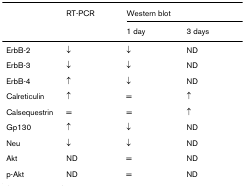
<table><thead><tr><td></td><td><b>RT-PCR</b></td><td colspan="2"><b>Western blot</b></td></tr><tr><td></td><td></td><td><b>1 day</b></td><td><b>3 days</b></td></tr></thead><tbody><tr><td>ErbB-2</td><td>↓</td><td>↓</td><td>ND</td></tr><tr><td>ErbB-3</td><td>↓</td><td>↓</td><td>ND</td></tr><tr><td>ErbB-4</td><td>↑</td><td>↓</td><td>ND</td></tr><tr><td>Calreticulin</td><td>↑</td><td>=</td><td>↑</td></tr><tr><td>Calsequestrin</td><td>=</td><td>=</td><td>↑</td></tr><tr><td>Gp130</td><td>↑</td><td>↓</td><td>ND</td></tr><tr><td>Neu</td><td>↓</td><td>↓</td><td>ND</td></tr><tr><td>Akt</td><td>ND</td><td>=</td><td>ND</td></tr><tr><td>p-Akt</td><td>ND</td><td>=</td><td>ND</td></tr></tbody></table>